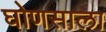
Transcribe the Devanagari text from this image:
घोणसाला